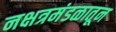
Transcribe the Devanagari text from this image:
नक्षत्रमंडळातून